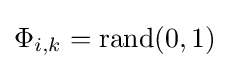
\Phi _{i,k}=\mathrm {rand} (0,1)